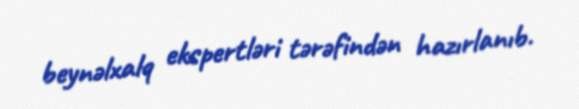
beynəlxalq ekspertləri tərəfindən hazırlanıb.